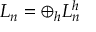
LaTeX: L _ { n } = \displaystyle \oplus _ { h } L _ { n } ^ { h }